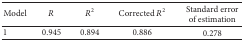
<table><thead><tr><td><b>Model</b></td><td><b><i>R</i></b></td><td><b><i>R</i><sup>2</sup></b></td><td><b>Corrected <i>R</i><sup>2</sup></b></td><td><b>Standard errorof estimation</b></td></tr></thead><tbody><tr><td>1</td><td>0.945</td><td>0.894</td><td>0.886</td><td>0.278</td></tr></tbody></table>